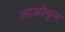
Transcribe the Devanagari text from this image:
लाओकून